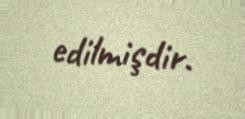
edilmişdir.